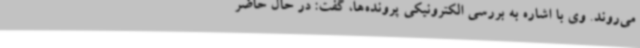
می‌روند. وی با اشاره به بررسی الکترونیکی پرونده‌ها، گفت: در حال حاضر